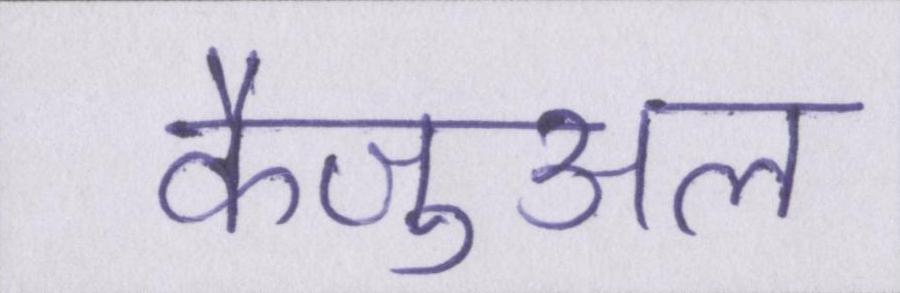
कैज़ुअल